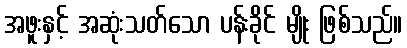
အဖူးနှင့် အဆုံးသတ်သော ပန်းခိုင် မျိုး ဖြစ်သည်။